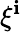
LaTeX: \xi^{\mathbf{i}}